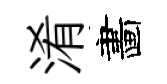
淆畵